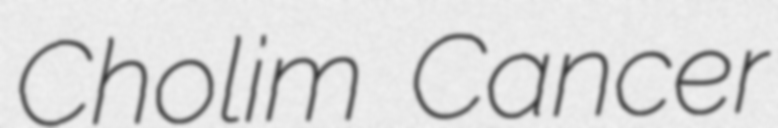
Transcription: Cholim Cancer